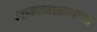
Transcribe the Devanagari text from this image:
व्याकरणशास्त्राला